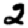
Digit: 2